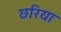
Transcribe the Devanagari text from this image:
छरिया